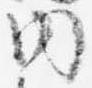
内